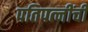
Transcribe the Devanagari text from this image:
पतिपत्‍नींची